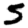
Digit: 5